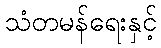
သံတမန်ရေးနှင့်